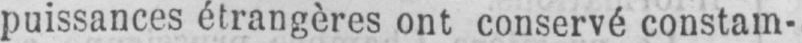
puissances étrangères ont conservé constam-